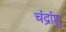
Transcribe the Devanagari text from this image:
चंद्रांशु